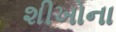
શીખોના